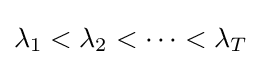
\lambda _{1}<\lambda _{2}<\cdots <\lambda _{T}